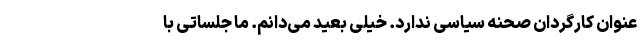
‌عنوان کارگردان صحنه سیاسی ندارد. خیلی بعید می‌دانم. ما جلساتی با